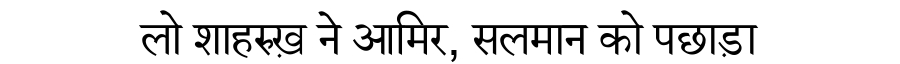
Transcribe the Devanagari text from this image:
लो शाहरुख़ ने आमिर, सलमान को पछाड़ा